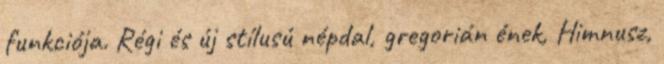
funkciója. Régi és új stílusú népdal, gregorián ének, Himnusz,